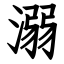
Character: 溺